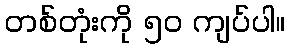
တစ်တုံးကို ၅၀ ကျပ်ပါ။